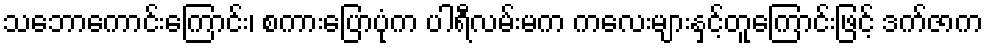
သဘောကောင်းကြောင်း၊ စကားပြောပုံက ပါရီလမ်းမက ကလေးများနှင့်တူကြောင်းဖြင့် ဒက်ဇာက